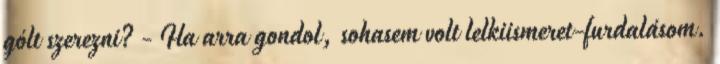
gólt szerezni? - Ha arra gondol, sohasem volt lelkiismeret-furdalásom.